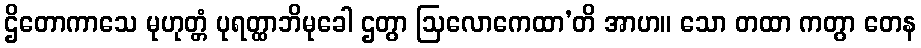
ဌိတောကာသေ မုဟုတ္တံ ပုရတ္ထာဘိမုခေါ ဌတွာ ဩလောကေထာ’တိ အာဟ။ သော တထာ ကတွာ တေန